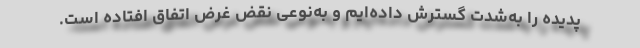
پدیده را به‌شدت گسترش داده‌ایم و به‌نوعی نقض غرض اتفاق افتاده است.